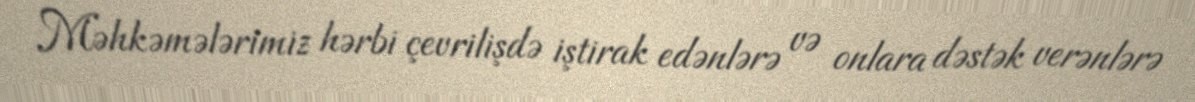
Məhkəmələrimiz hərbi çevrilişdə iştirak edənlərə və onlara dəstək verənlərə